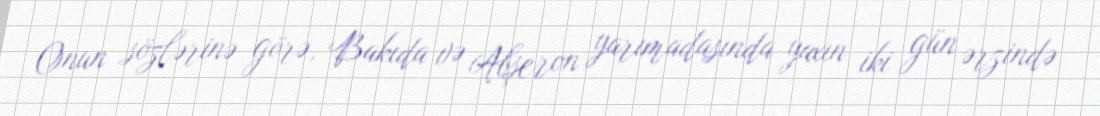
Onun sözlərinə görə, Bakıda və Abşeron yarımadasında yaxın iki gün ərzində